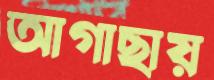
আগাছায়